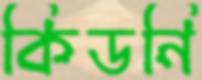
কিডনি